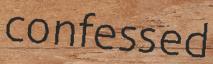
confessed